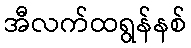
အီလက်ထရွန်နစ်